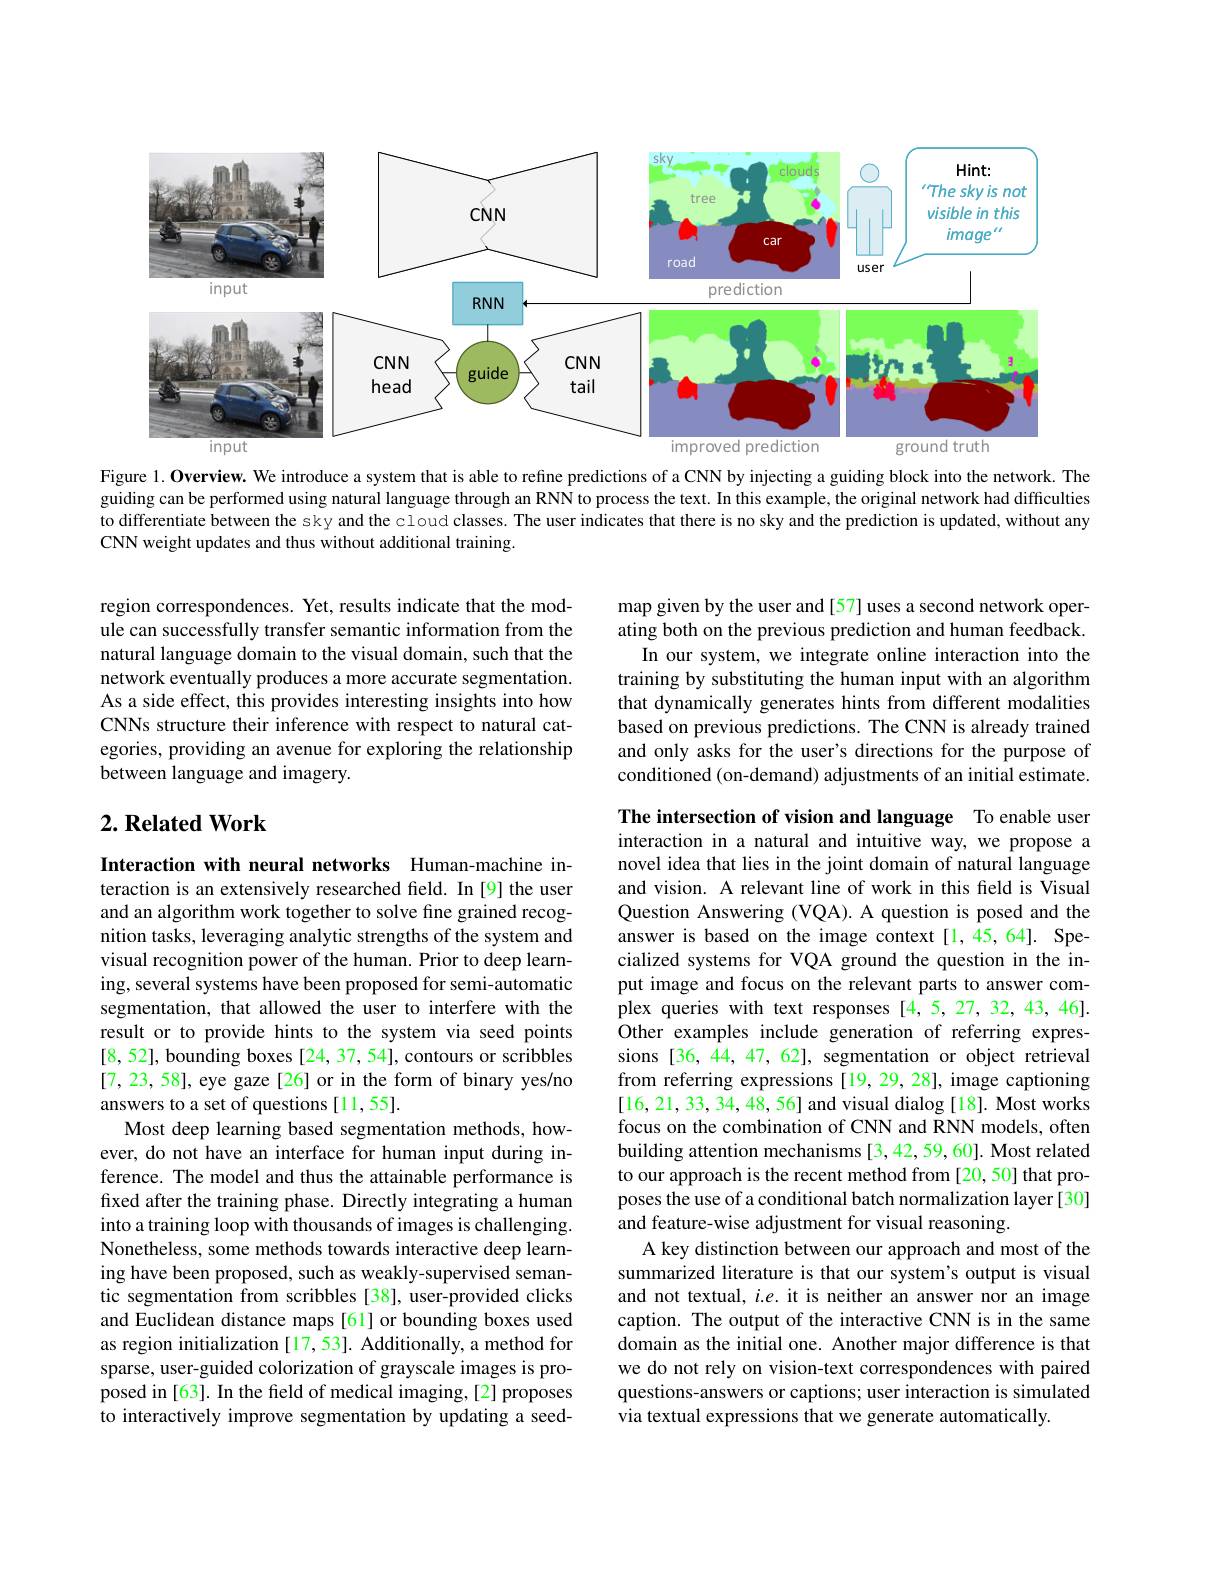
<FigureHere>

Figure 1. Overview. We introduce a system that is able to refine predictions of a CNN by injecting a guiding block into the network. The guiding can be performed using natural language through an RNN to process the text. In this example, the original network had difficulties to differentiate between the sky and the cloud classes. The user indicates that there is no sky and the prediction is updated, without any CNN weight updates and thus without additional training.

region correspondences. Yet, results indicate that the module can successfully transfer semantic information from the natural language domain to the visual domain, such that the network eventually produces a more accurate segmentation. As a side effect, this provides interesting insights into how CNNs structure their inference with respect to natural categories, providing an avenue for exploring the relationship between language and imagery.

map given by the user and [57] uses a second network operating both on the previous prediction and human feedback.
In our system, we integrate online interaction into the training by substituting the human input with an algorithm that dynamically generates hints from different modalities based on previous predictions. The CNN is already trained and only asks for the user's directions for the purpose of conditioned (on-demand) adjustments of an initial estimate.

# $2. \textbf{ Related Work}$

The intersection of vision and language To enable user interaction in a natural and intuitive way, we propose a novel idea that lies in the joint domain of natural language and vision. A relevant line of work in this feld is Visual Question Answering (VQA).A question is posed and the answer is based on the image context[1,45,64]. Specialized systems for VQA ground the question in the input image and focus on the relevant parts to answer complex queries with text responses [4,5,27,32,43,46]. Other examples include generation of referring expressions [36, 44, 47, 62], segmentation or object retrieval from referring expressions[19,29,28], image captioning [16,21,33,34,48,56] and visual dialog [18]. Most works focus on the combination of CNN and RNN models, often building attention mechanisms [3,42,59,60]. Most related to our approach is the recent method from [20,50] that proposes the use of a conditional batch normalization layer [30] and feature-wise adjustment for visual reasoning.
A key distinction between our approach and most of the summarized literature is that our system's output is visual and not textual, $i.e.$ it is neither an answer nor an image caption. The output of the interactive CNN is in the same domain as the initial one. Another major difference is that we do not rely on vision-text correspondences with paired questions-answers or captions; user interaction is simulated via textual expressions that we generate automatically

Interaction with neural networks Human-machine interaction is an extensively researched field. In [9] the user and an algorithm work together to solve fine grained recognition tasks, leveraging analytic strengths of the system and visual recognition power of the human. Prior to deep learning, several systems have been proposed for semi-automatic segmentation, that allowed the user to interfere with the result or to provide hints to the system via seed points [8,52], bounding boxes [24, 37, 54], contours or scribbles [7,23,58], eye gaze[26] or in the form of binary yes/no answers to a set of questions [11,55].
Most deep learning based segmentation methods, however, do not have an interface for human input during inference. The model and thus the attainable performance is fixed after the training phase. Directly integrating a human into a training loop with thousands of images is challenging. Nonetheless, some methods towards interactive deep learning have been proposed, such as weakly-supervised semantic segmentation from scribbles [38], user-provided clicks and Euclidean distance maps [61] or bounding boxes used as region initialization [17,53]. Additionally, a method for sparse, user-guided colorization of grayscale images is proposed in [63]. In the feld of medical imaging,[2] proposes to interactively improve segmentation by updating a seed-